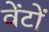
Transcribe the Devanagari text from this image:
वेंटों